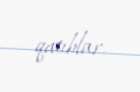
qatıblar.